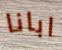
ابانا